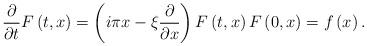
LaTeX: \begin{align*}\frac{\partial}{\partial t}F\left( t,x\right) =\left( i\pi x-\xi\frac{\partial}{\partial x}\right) F\left( t,x\right) F\left(0,x\right) =f\left( x\right) . \end{align*}